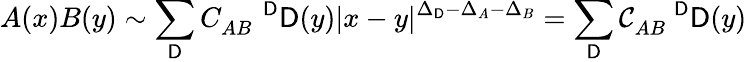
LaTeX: A(x)B(y)\sim\sum_{\mathsf{D}}C_{AB}^{\; \; \; \; \; \mathsf{D}}\mathsf{D}(y)|x-y|^{\Delta_{\mathsf{D}}-\Delta_{A}-\Delta_{B}}=\sum_{{\mathcal{{\mathsf{D}}}}}{\mathcal{{C}}}_{AB}^{\; \; \; \; \; \mathsf{D}}\mathsf{D}(y)